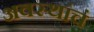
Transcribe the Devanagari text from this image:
अवस्थांचं